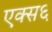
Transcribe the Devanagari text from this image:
एक्स६